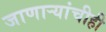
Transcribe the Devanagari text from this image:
जाणाऱ्यांचीही